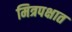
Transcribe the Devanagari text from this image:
मित्रपक्षात